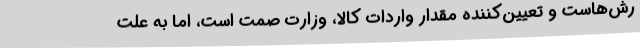
رش‌هاست و تعیین‌کننده مقدار واردات کالا، وزارت صمت است، اما به علت